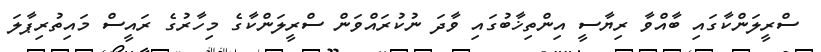
ސްރީލަންކާގައި ބާއްވާ ރިޔާސީ އިންތިޚާބުގައި ވާދަ ނުކުރައްވަން ސްރީލަންކާގެ މިހާރުގެ ރައީސް މައިތުރިޕާލަ